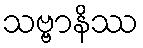
သဗ္ဗာနိဿ